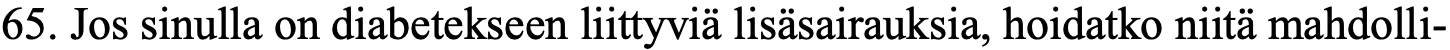
65. Jos sinulla on diabetekseen liittyviä lisäsairauksia, hoidatko niitä mahdolli-